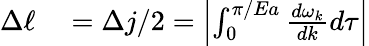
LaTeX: \begin{array}{rl}{\Delta\ell}&{{}=\Delta j/2=\left|\int_{0}^{\pi/Ea}\frac{d\omega_{k}}{dk}d\tau\right|}\end{array}